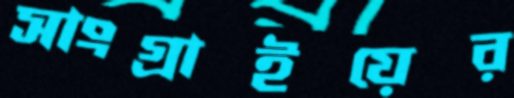
সাংগ্রাইয়ের